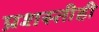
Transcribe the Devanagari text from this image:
प्रशस्तीही